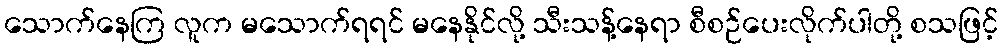
သောက်နေကြ လူက မသောက်ရရင် မနေနိုင်လို့ သီးသန့်နေရာ စီစဉ်ပေးလိုက်ပါတို့ စသဖြင့်